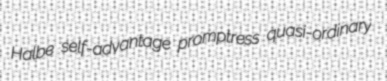
Halbe self-advantage promptress quasi-ordinary